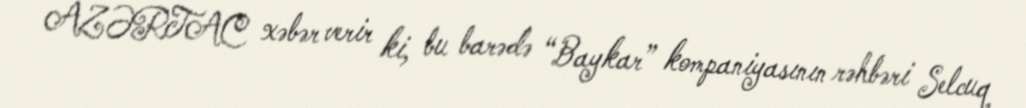
AZƏRTAC xəbər verir ki, bu barədə “Baykar” kompaniyasının rəhbəri Selcuq